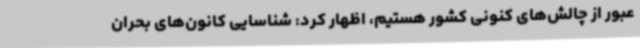
عبور از چالش‌های کنونی کشور هستیم، اظهار کرد: شناسایی کانون‌های بحران